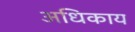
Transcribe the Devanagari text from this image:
अधिकाय